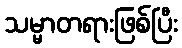
သမ္မာတရားဖြစ်ပြီး